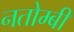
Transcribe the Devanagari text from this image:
नतोम्बी